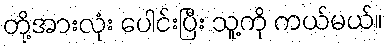
တို့အားလုံး ပေါင်းပြီး သူ့ကို ကယ်မယ်။